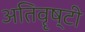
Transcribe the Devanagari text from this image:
अतिवॄष्टी